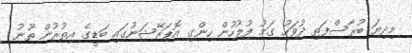
މިދިޔަ ބުރާސްފަތި ދުވަހު ގަމު ފުލުހުން ހިންގި އޮޕަރޭޝަނުގައި ބަޑީގެ އިތުރުން ތޫނު